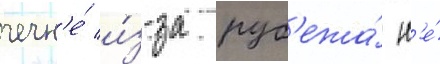
чечн'е́ и́з-за руб'ежа́ н'е́